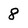
Character: 8